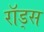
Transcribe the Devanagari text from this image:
राॅड्स